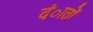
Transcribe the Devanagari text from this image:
दंातों